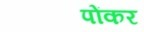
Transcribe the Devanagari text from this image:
पोंकर